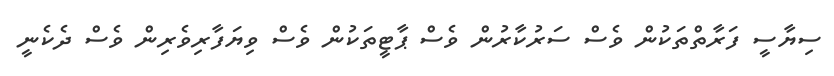
ސިޔާސީ ފަރާތްތަކުން ވެސް ސަރުކާރުން ވެސް ޕާޓީތަކުން ވެސް ވިޔަފާރިވެރިން ވެސް ދެކެނީ